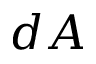
d A